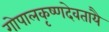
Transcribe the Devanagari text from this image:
गोपालकृष्णदेवतायै